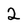
Character: 2